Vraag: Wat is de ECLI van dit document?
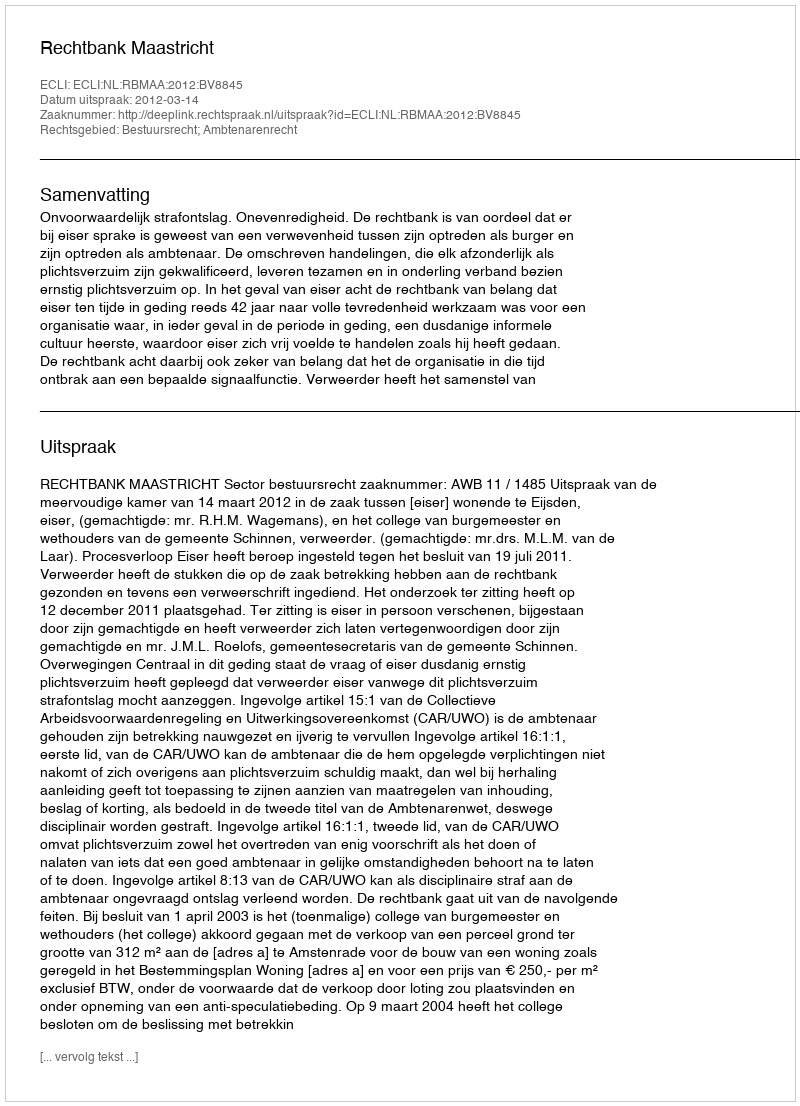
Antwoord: ECLI:NL:RBMAA:2012:BV8845